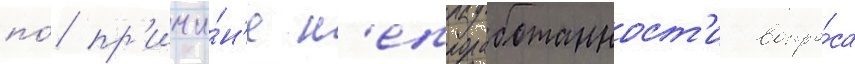
по́ пр'ичи́н'е н'епроработанност'и вопро́са